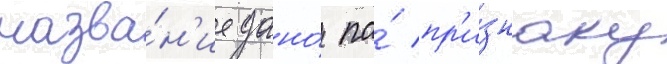
назва́н'ие дано́ по́ пр'и́знаку